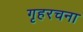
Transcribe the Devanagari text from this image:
गृहरचना